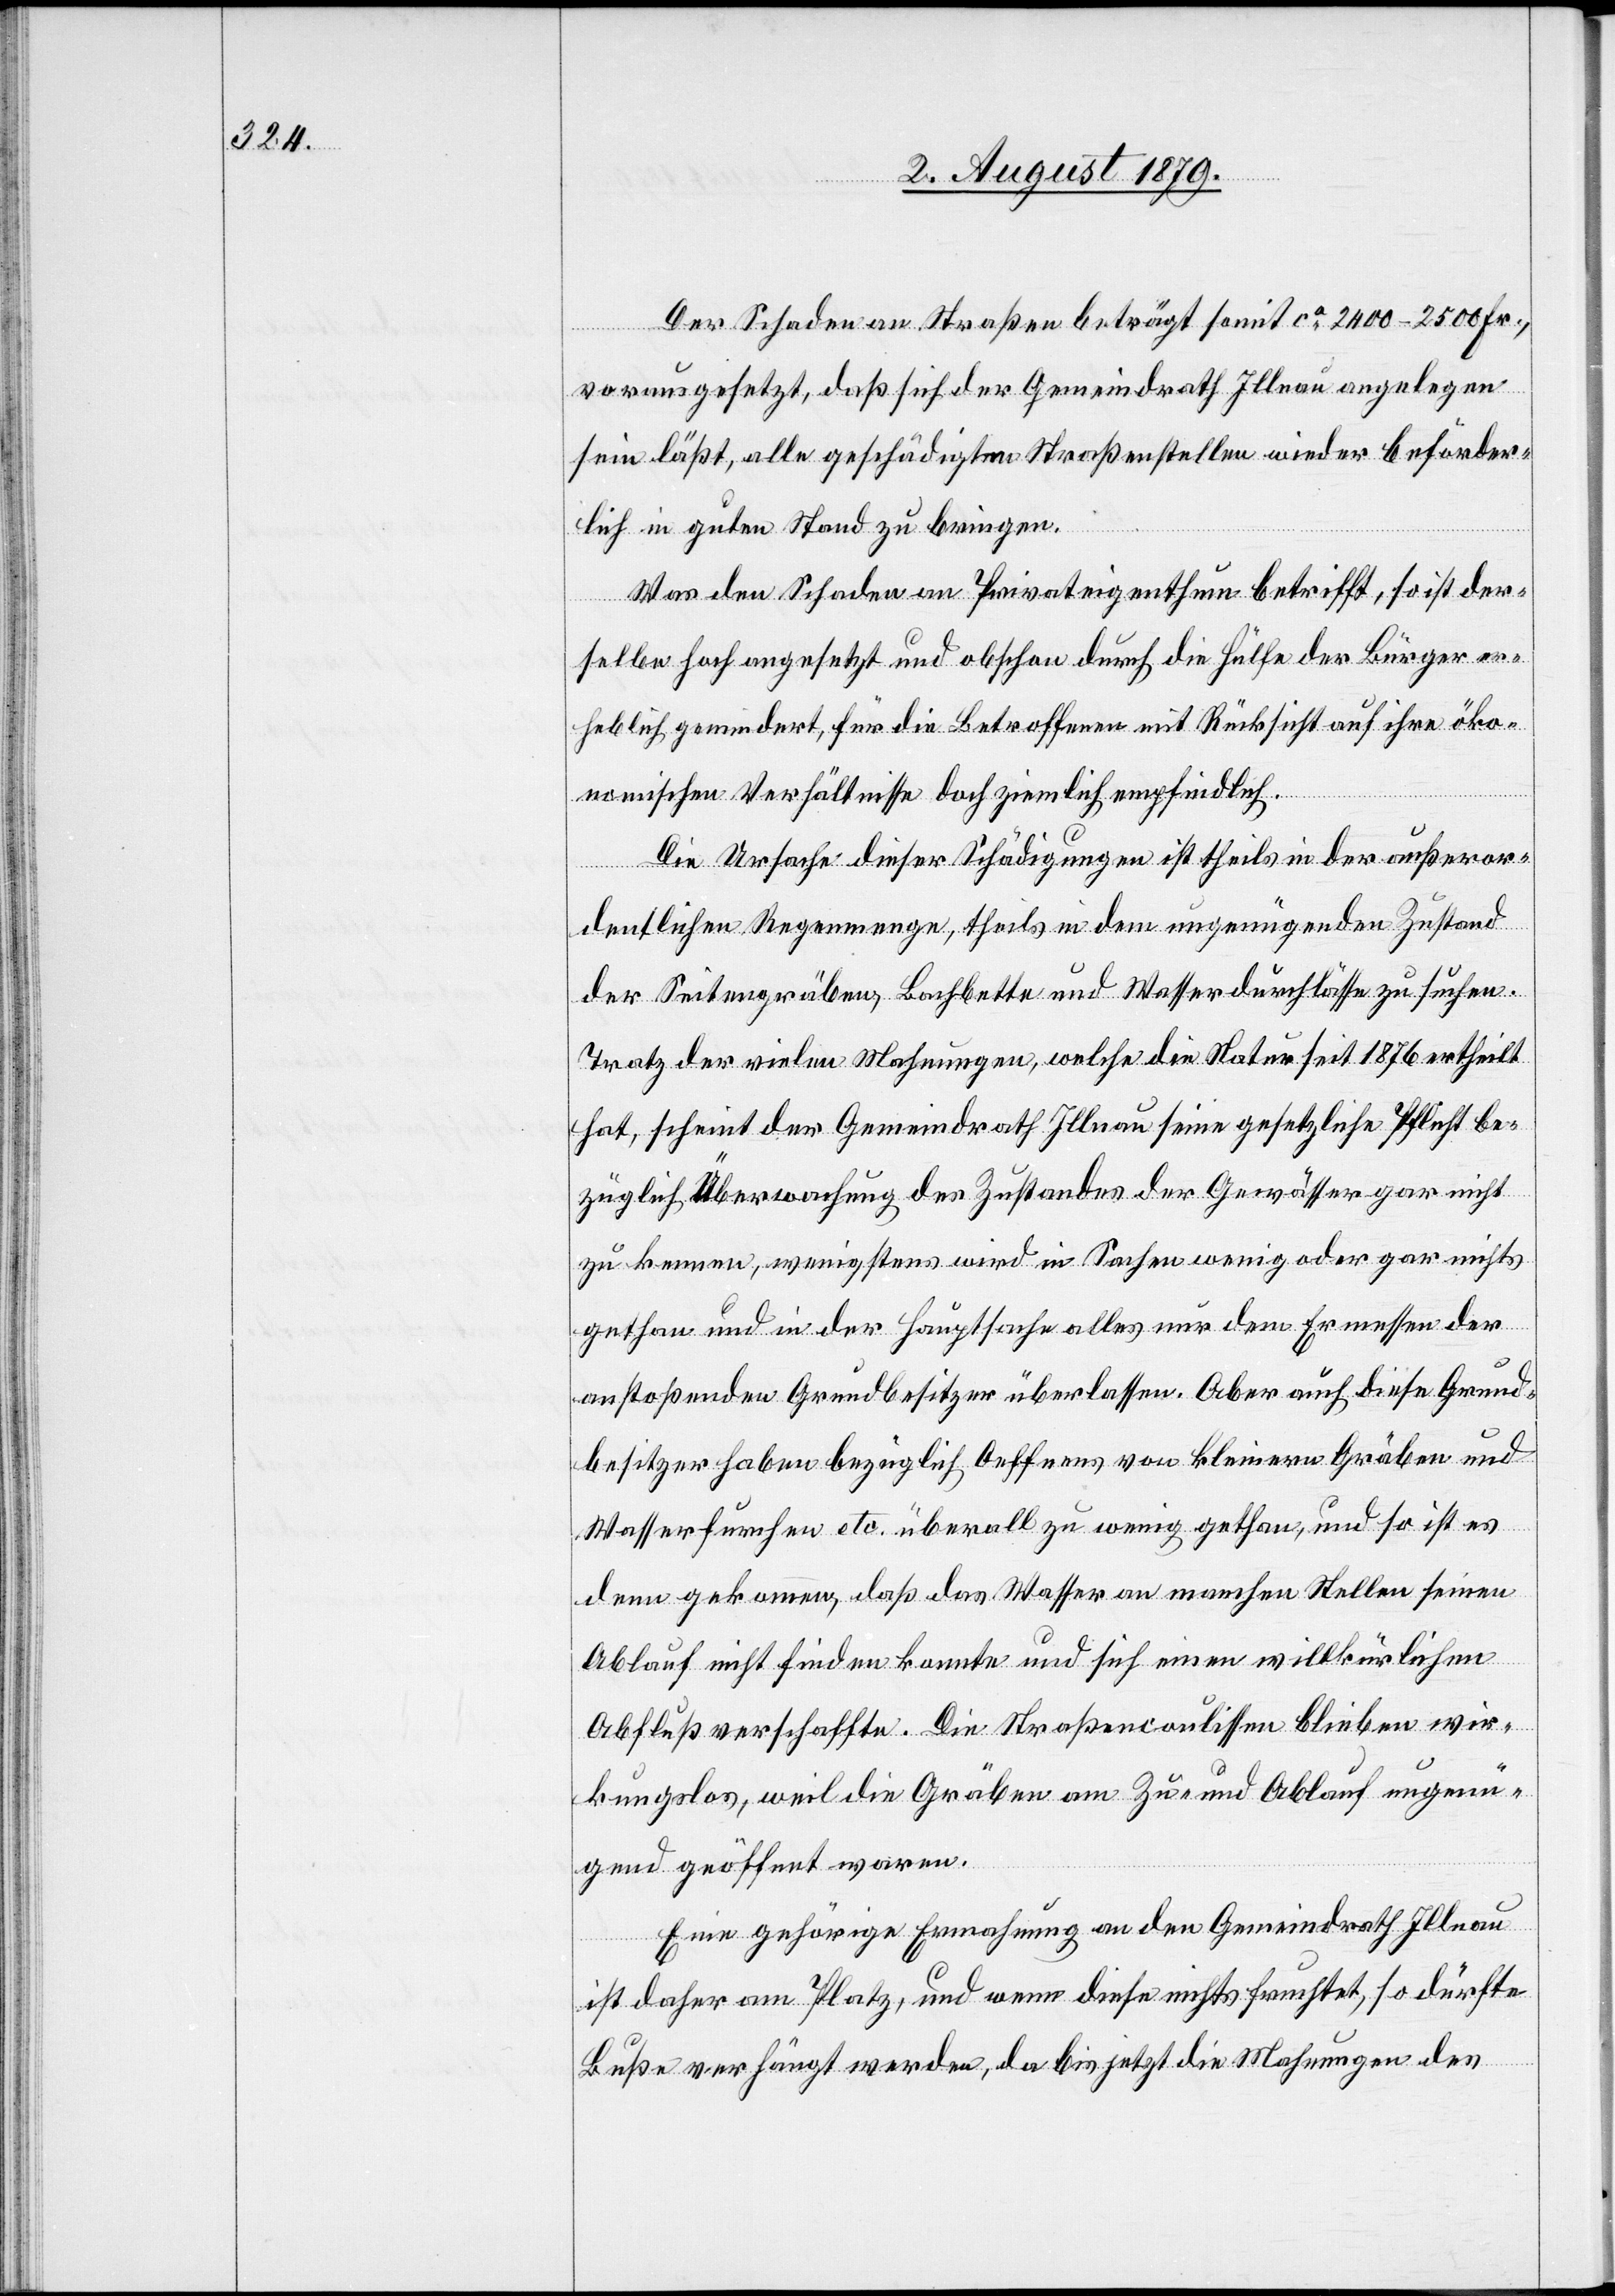
Der Schaden an Straßen beträgt somit ca 2400–2500 Fr.,
vorausgesetzt, daß sich der Gemeindrath Illnau angelegen
sein läßt, alle geschädigten Straßenstellen wieder beförder¬
lich in guten Stand zu bringen.
Was den Schaden an Privateigenthum betrifft, so ist der¬
selbe hoch angesetzt und obschon durch die Hülfe der Bürger er¬
heblich gemindert, für die Betroffenen mit Rücksicht auf ihre öko¬
nomischen Verhältnisse doch ziemlich empfindlich.
Die Ursache dieser Schädigungen ist theils in der außeror¬
dentlichen Regenmenge, theils in dem ungenügenden Zustand
der Seitengräben, Bachbette und Wasserdurchlässe zu suchen.
Trotz der vielen Mahnungen, welche die Natur seit 1876 ertheilt
hat, scheint der Gemeindrath Illnau seine gesetzliche Pflicht be¬
züglich Ueberwachung des Zustandes der Gewässer gar nicht
zu kennen, wenigstens wird in Sachen wenig oder gar nichts
gethan und in der Hauptsache alles nur dem Ermessen der
anstoßenden Grundbesitzer überlassen. Aber auch diese Grund¬
besitzer haben bezüglich Oeffnens von kleinern Gräben und
Wasserfuhren etc. überall zu wenig gethan, und so ist es
denn gekommen, daß das Wasser an manchen Stellen seinen
Ablauf nicht finden konnte und sich einen willkürlichen
Abfluß verschaffte. Die Straßencoulissen bleiben wir¬
kungslos, weil die Gräben am Zu- und Ablauf ungenü¬
gend geöffnet waren.
Eine gehörige Ermahnung an den Gemeindrath Illnau
ist daher am Platz, und wenn diese nichts fruchtet, so dürfte
Buße verhängt werden, da bis jetzt die Mahnungen des